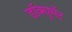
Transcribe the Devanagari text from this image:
डॉक्यूमैंट